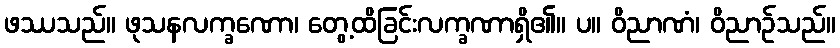
ဖဿသည်။ ဖုသနလက္ခဏော၊ တွေ့ထိခြင်းလက္ခဏာရှိ၏။ ပ။ ဝိညာဏံ၊ ဝိညာဉ်သည်။